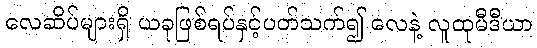
လေဆိပ်များရှိ ယခုဖြစ်ရပ်နှင့်ပတ်သက်၍ လေနဲ့ လူထုမီဒီယာ